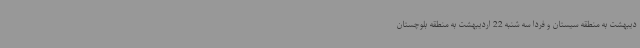
دیبهشت به منطقه سیستان و فردا سه شنبه 22 اردیبهشت به منطقه بلوچستان